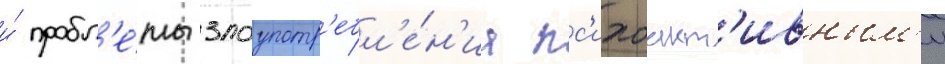
и́ пробл'е́мы злоупотр'ебл'е́н'иа пс'ихоакт'ивным'и